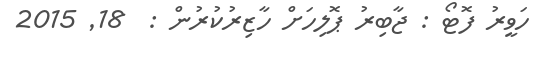
ހަވީރު ފޮޓޯ : ޖާބިރު ޕޮލިހަށް ހާޒިރުކުރުން :  18